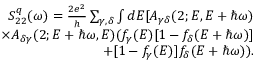
\begin{array} { r } { S _ { 2 2 } ^ { q } ( \omega ) = \frac { 2 e ^ { 2 } } { h } \sum _ { \gamma , \delta } \int d E [ A _ { \gamma \delta } ( 2 ; E , E + \hbar \omega ) } \\ { \times A _ { \delta \gamma } ( 2 ; E + \hbar \omega , E ) ( f _ { \gamma } ( E ) [ 1 - f _ { \delta } ( E + \hbar \omega ) ] } \\ { + [ 1 - f _ { \gamma } ( E ) ] f _ { \delta } ( E + \hbar \omega ) ) . } \end{array}